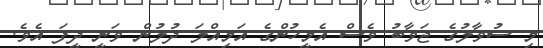
މި ސުވާލުގެ ޖަވާބު ވެސް އެމީހުންގެ އަމިއްލަ ދުލުން ވަނީ ދީފަ އެވެ.